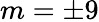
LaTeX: m=\pm 9